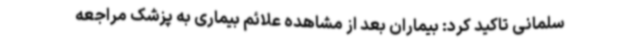
سلمانی تاکید کرد: بیماران بعد از مشاهده علائم بیماری به پزشک مراجعه